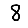
Digit: 8